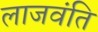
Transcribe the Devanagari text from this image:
लाजवंति